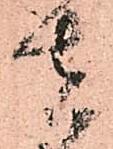
者